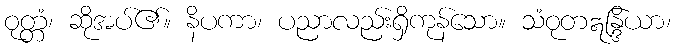
ဝုတ္တံ၊ ဆိုအပ်၏။ နိပကာ၊ ပညာလည်းရှိကုန်သော။ သံဝုတဣန္ဒြိယာ၊